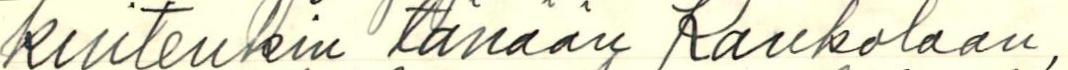
kuitenkin tänään Kaukolaan,